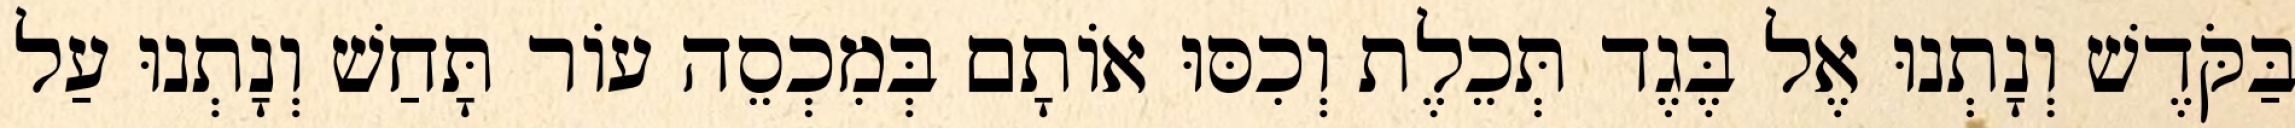
בַּקֹּדֶשׁ וְנָתְנוּ אֶל בֶּגֶד תְּכֵלֶת וְכִסּוּ אוֹתָם בְּמִכְסֵה עוֹר תָּחַשׁ וְנָתְנוּ עַל